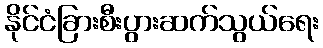
နိုင်ငံခြားစီးပွားဆက်သွယ်ရေး